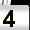
Digit: 4